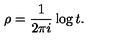
\rho = \frac { 1 } { 2 \pi i } \log t .